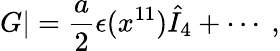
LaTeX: G|={\frac{a}{2}}\epsilon(x^{11}){\hat{I}}_{4}+\cdots\ ,